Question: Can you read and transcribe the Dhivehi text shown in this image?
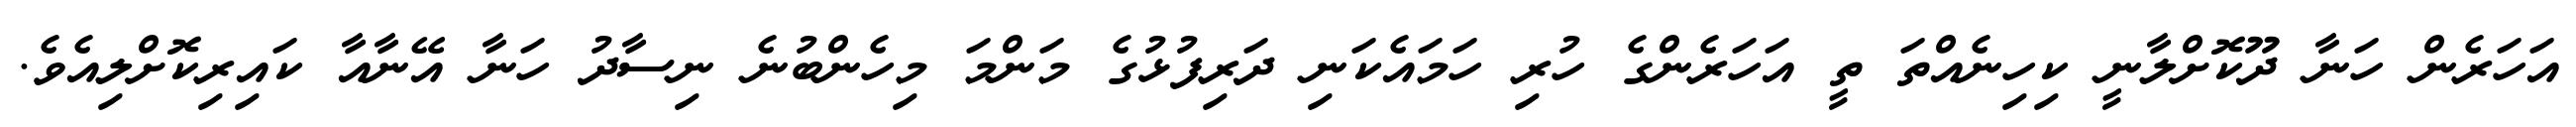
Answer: އަހަރެން ހަނާ ދޫކޮށްލާނީ ކިހިނެއްތަ ތީ އަހަރެންގެ ހުރި ހަމައެކަނި ދަރިފުޅުގެ މަންމަ މިހެންބުނެ ނިސާދު ހަނާ އޭނާއާ ކައިރިކޮށްލިއެވެ.